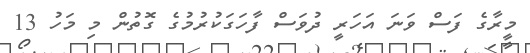
މީރާގެ ފަސް ވަނަ އަހަރީ ދުވަސް ފާހަގަކުރުމުގެ ގޮތުން މި މަހު 13